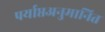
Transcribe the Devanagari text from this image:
पर्याप्तअनुमानित